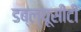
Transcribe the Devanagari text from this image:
डब्ल्यूसीटी